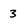
Character: 3